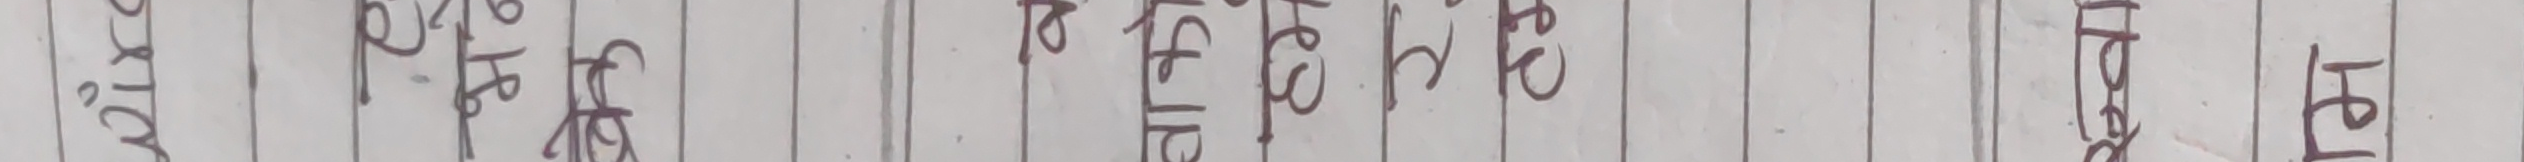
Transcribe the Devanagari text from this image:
शरीर मेरो मना के छ काम अघि चाहिं यसले हुन्छ यस्तै भन्ने हाम्रो